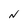
Character: N